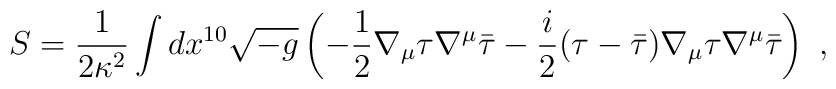
S =  \frac{1}{2 \kappa^2} \int dx^{10} \sqrt{-g}\left( - \frac{1}{2} \nabla_{\mu} \tau \nabla^{\mu} \bar{\tau} - \frac{i}{2} (\tau - \bar{\tau} ) \nabla_{\mu} \tau\nabla^{\mu} \bar{\tau}   \right) ~ ,